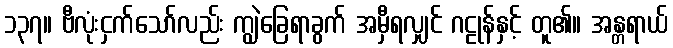
၁၃၇။ ဗီလုံးငှက်သော်လည်း ကျွဲခြေရာခွက် အမှီရလျှင် ဂဠုန်နှင့် တူ၏။ အန္တရာယ်